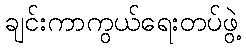
ချင်းကာကွယ်ရေးတပ်ဖွဲ့